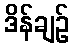
ဒိန်ချဉ်